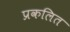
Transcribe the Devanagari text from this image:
प्रकलित